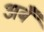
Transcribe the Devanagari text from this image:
अबँ